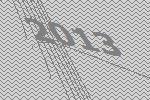
2013